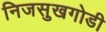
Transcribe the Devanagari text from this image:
निजसुखगोडी